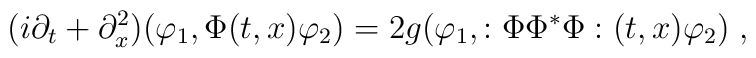
(i\partial_t + \partial_x^2 )(\varphi_1, \Phi(t,x) \varphi_2 )= 2g (\varphi_1, :\Phi \Phi^* \Phi :(t,x) \varphi_2 ) \; ,